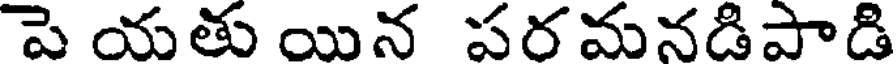
పె యతు యిన పర మనడిపాడి